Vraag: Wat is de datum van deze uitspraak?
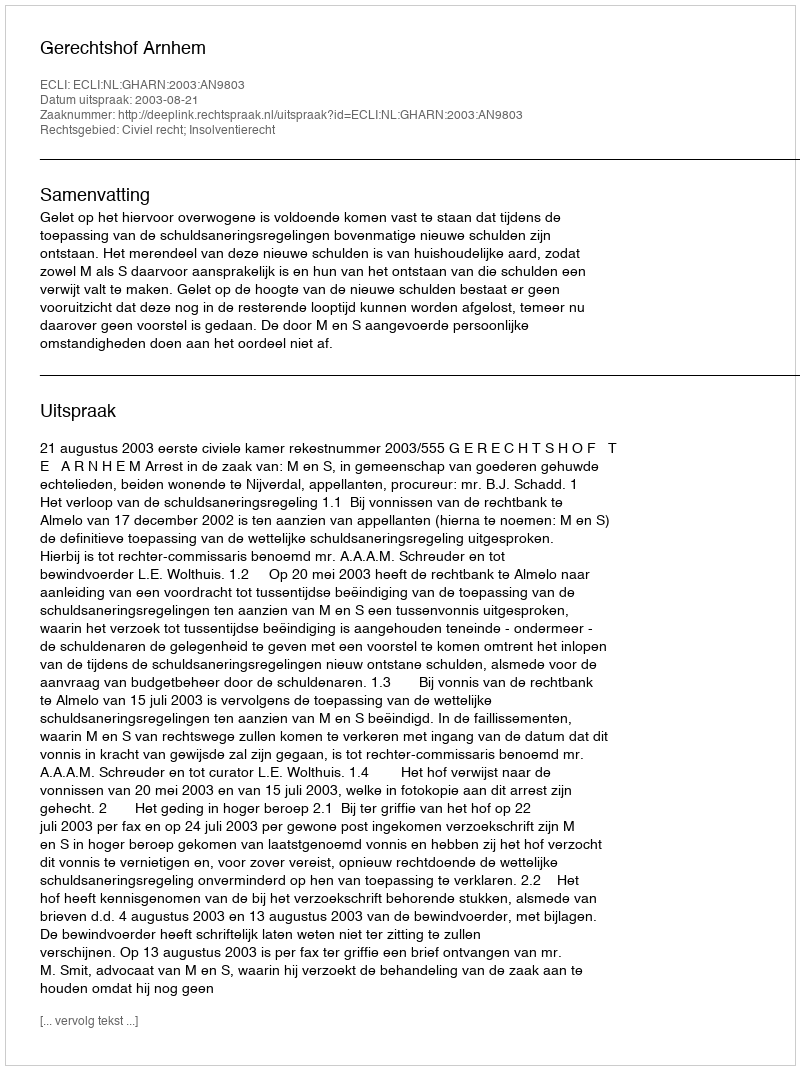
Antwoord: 2003-08-21